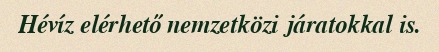
Hévíz elérhető nemzetközi járatokkal is.